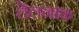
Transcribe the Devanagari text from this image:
तेलनाफ